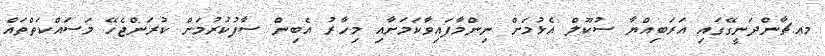
މއ.ޗާންދަނީގޭގައި އަރަބިއްޔާ ސުކޫލް އެޅުމަށް ނިންމާފައިވާކަމަށާއި މިހާރު އެބިން ސާފުކުރުމަށް ކުރަންޖެހޭ މަސައްކަތްތައް